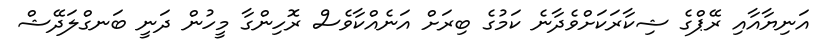
އަނިޔާއާއި ރޭޕްގެ ޝިކާރަކަށްވެދާނެ ކަމުގެ ބިރަށް އަނެއްކާވެސް ރޮހިންގާ މީހުން ދަނީ ބަނގްލަދޭޝް